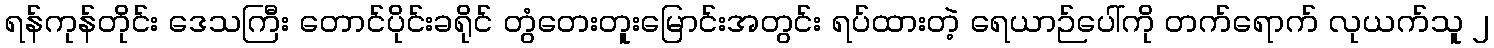
ရန်ကုန်တိုင်း ဒေသကြီး တောင်ပိုင်းခရိုင် တွံတေးတူးမြောင်းအတွင်း ရပ်ထားတဲ့ ရေယာဉ်ပေါ်ကို တက်ရောက် လုယက်သူ ၂